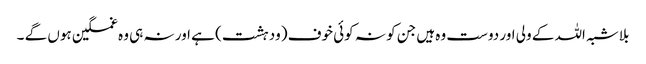
بلاشبہ اللہ کے ولی اور دوست وہ ہیں جن کو نہ کوئی خوف (ودہشت) ہے اور نہ ہی وہ غمگین ہوں گے ۔